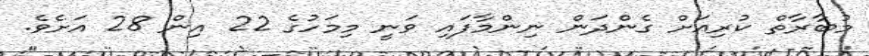
މުބާރާތް ކުރިއަށް ގެންދަން ނިންމާފައި ވަނީ މިމަހުގެ 22 އިން 28 އަށެވެ.